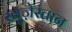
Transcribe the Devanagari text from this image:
ख़ुज़ेस्तान